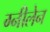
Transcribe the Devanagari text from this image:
ग्नीलेन